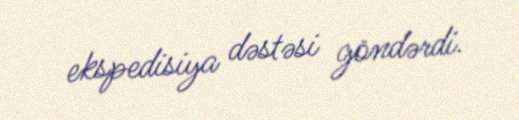
ekspedisiya dəstəsi göndərdi.